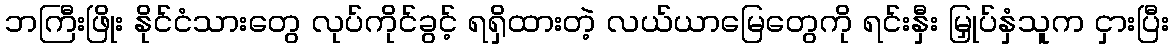
ဘကြီးဖြိုး နိုင်ငံသားတွေ လုပ်ကိုင်ခွင့် ရရှိထားတဲ့ လယ်ယာမြေတွေကို ရင်းနှီး မြှုပ်နှံသူက ငှားပြီး